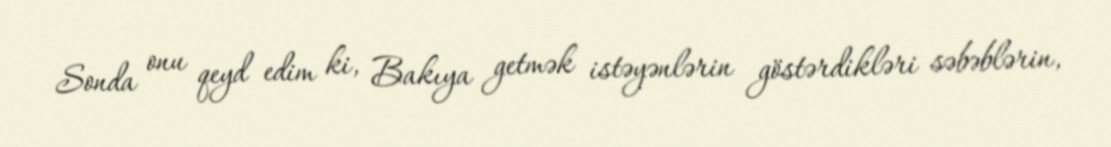
Sonda onu qeyd edim ki, Bakıya getmək istəyənlərin göstərdikləri səbəblərin,